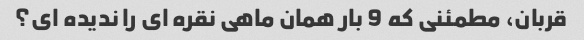
قربان، مطمئنی که 9 بار همان ماهی نقره ای را ندیده ای؟